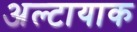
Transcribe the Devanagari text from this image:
अल्टायाक